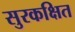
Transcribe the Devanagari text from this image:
सुरकक्षित